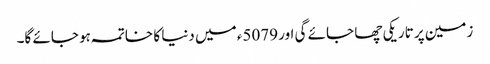
زمین پر تاریکی چھا جائے گی اور 5079ء میں دنیا کا خاتمہ ہو جائے گا۔